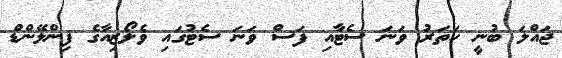
ޖައްލަ ބުނީ ހަތަރު ވަނަ ސެޓާއި ފަސް ވަނަ ސެޓުގައި ވެލޯޒިއާގެ ފިންލޭންޑް